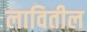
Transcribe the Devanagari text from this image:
लावितील